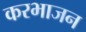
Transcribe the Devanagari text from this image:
करभाजन